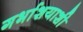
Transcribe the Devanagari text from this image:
गर्भाशयाशी